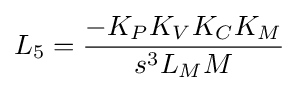
L_{5}={\frac {-K_{P}K_{V}K_{C}K_{M}}{s^{3}L_{M}M}}